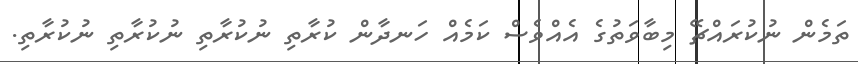
ތަމެން ނުކުރައްޗޭ މިބާވަތުގެ އެއްވެސް ކަމެއް ހަނދާން ކުރާތި ނުކުރާތި ނުކުރާތި ނުުކުރާތި.